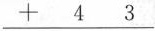
\underline{+43}